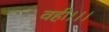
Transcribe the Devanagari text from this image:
वही।।।